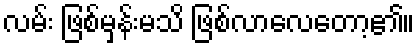
လမ်း ဖြစ်မှန်းမသိ ဖြစ်လာလေတော့၏။